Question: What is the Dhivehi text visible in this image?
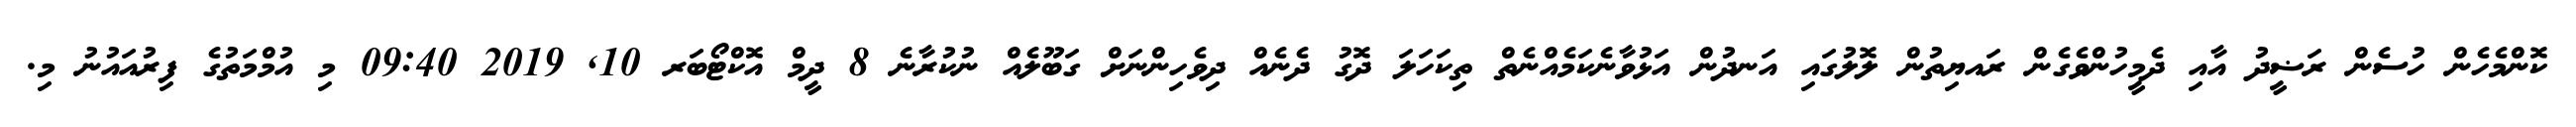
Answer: ކޮންމެހެން ހުސެން ރަޟީދު އާއި ދެމީހުންވެގެން ރައޔިތުން ލޮލުގައި އަނދުން އަޅުވާނެކަމެއްނެތް ތިކަހަލަ ދޮގު ދެނެއް ދިވެހިންނަށް ގަބޫލެއް ނުކުރާނެ 8 ދީމް އޮކްޓޯބަރ 10, 2019 09:40 މި އުމްމަތުގެ ފިރުއައުނު މި.